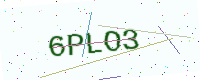
Text: 6PLO3